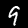
Digit: 9